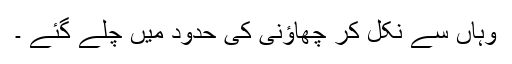
وہاں سے نکل کر چھاؤنی کی حدود میں چلے گئے ۔